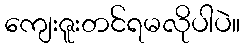
ကျေးဇူးတင်ရမလိုပါပဲ။